Calcutta medical institutions reports 1892-1900
Year: 1892
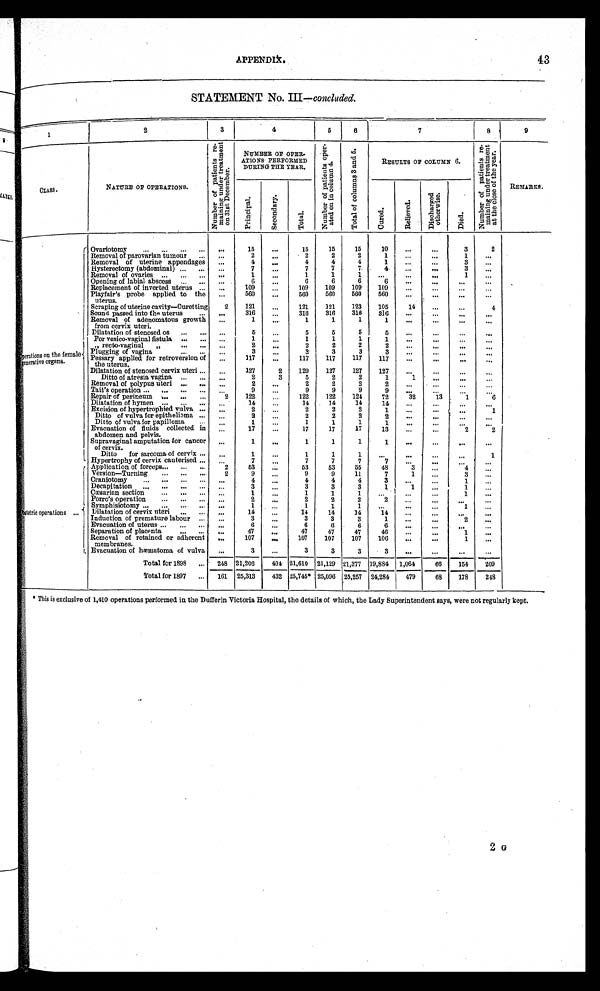
APPENDIX.
43
STATEMENT No. III —concluded.
1
2
3
4
5
6
7
8
9
CLASS.
NATURE OF OPERATIONS.
N u m b e r o f p a t i e n t s r e m a i n i n g u n d e r t r e a t m e n t o n 3 1 s t D e c e m b e r .
NUMBER OR OPER-
ATIONS PERFORMED
DURING THE YEAR.
N u m b e r o f p a t i e n t s o p e r a t e d o n i n c o l u m n 4 .
T o t a l o f c o l u m n s 3 a n d 5 .
RESULTS OF COLUMN 6.
N u m b e r o f p a t i e n t s r e m a i n i n g u n d e r t r e a t m e n t a t t h e c l o s e o f t h e y e a r .
REMARKS.
P r i n c i p a l .
S e c o n d a r y .
T o t a l .
C u r e d .
R e l i e v e d .
D i s c h a r g e d o t h e r w i s e .
D i e d .
O p e r a t i o n s o n t h e f e m a l e g e n e r a t i v e o r g a n s .
Ovariotomy . . .
. . .
1 5
. . .
15
15
15
10
. . .
. . .
3
2
Removal of parovarian tumour . . .
. . .
2
. . .
2
2
2
1
. . .
. . .
1
. . .
Removal of uterine appendages
. . .
4
. . .
4
4
4
1
. . .
. . .
3
. . .
Hysterectomy (abdominal) . . .
. . .
7
. . .
7
7
7
4
. . .
. . .
3
. . .
Removal of ovaries . . .
. . .
1
. . .
1
1
1
. . .
. . .
. . .
1
. . .
Opening of labial abscess . . .
. . .
6
. . .
6
6
6
6
. . .
. . .
. . .
. . .
Replacement of inverted uterus . . .
. . .
109
. . . 109
109
109
109
. . .
. . .
. . .
. . .
Playfair's probe applied to the
uterus.
. . .
560
. . . 560
560
560
560
. . .
. . .
. . .
. . .
Scraping of uterine cavity—Curetting
2
121
. . . 121
121
123
105
14
. . .
. . .
4
Sound passed into the uterus . . .
. . .
316
. . . 316
316
3 1 6
3 1 6
. . .
. . .
. . .
. . .
Removal of adenomatous growth
from cervix uteri.
. . .
1
. . .
1
1
1
1
. . .
. . .
. . .
. . .
Dilatation of stenosed os . . .
. . .
5
. . .
5
5
5
5
. . .
. . .
. . .
. . .
For vesico-vaginal fistula . . .
. . .
1
. . .
1
1
1
1
. . .
. . .
. . .
. . .
recto-vaginal . . .
. . .
2
. . .
2
2
2
2
. . .
. . .
. . .
. . .
Plugging of vagina . . .
. . .
3
. . .
3
3
3
3
. . .
. . .
. . .
. . .
Pessary applied for retroversion of
the uterus.
. . .
117
. . . 117
117
117
117
. . .
. . .
. . .
. . .
Dilatation of stenosed cervix uteri . . .
. . .
127
2
129
127
127
127
. . .
. . .
. . .
. . .
Ditto of atresia vagina . . .
. . .
2
3
5
2
2
1
1
. . .
. . .
. . .
Removal of polypus uteri . . .
. . .
2
. . .
2
2
2
2
. . .
. . .
. . .
. . .
Tait's operation . . .
. . .
9
. . .
9
9
9
9
. . .
. . .
. . .
. . .
Repair of perineum . . .
2
122
. . . 122
122
124
72
32
13
1
6
Dilatation of hymen . . .
. . .
14
. . .
14
14
14
14
. . .
. . .
. . .
. . .
Excision of hypertrophied vulva . . .
. . .
2
. . .
2
2
2
1
. . .
. . .
. . .
1 . . .
Ditto of vulva for epithelioma . . .
. . .
2
. . .
2
2
2
2
. . .
. . .
. . .
. . .
Ditto of vulva for papilloma . . .
. . .
1
. . .
1
1
1
1
. . .
. . .
. . .
. . .
Evacuation of fluids collected in
abdomen and pelvis.
. . .
17
. . .
17
17
17
13
. . .
. . .
2
2
Supravaginal amputation for cancer
of cervix.
. . .
1
. . .
1
1
1
1
. . .
. . .
. . .
. . .
Ditto for sarcoma of cervix . . .
. . .
1
. . .
1
1
1
. . .
. . .
. . .
. . .
1
Hypertrophy of cervix cauterised . . .
. . .
7
. . .
7
7
7
7
. . .
. . .
. . . . . .
Obstetric operations
. . .
Application of forceps . . .
2
53
. . .
53
53
55
48
3
. . .
4
. . .
Version—Turning . . .
2
9
. . .
9
9
11
7 1
. . .
3
. . .
Craniotomy . . .
. . .
4
. . .
4
4
4
3
. . .
. . .
1
. . .
Decapitation . . .
. . .
3
. . .
3
3
3
1
1
. . .
1
. . .
Cæsarian section . . .
. . .
1
. . .
1
1
1
. . .
. . .
. . .
1
. . .
Porro's operation . . .
. . .
2
. . .
2
2
2
2
. . .
. . .
. . .
. . .
Symphisiotomy . . .
. . .
1
. . .
1
1
1
. . .
. . .
. . .
1
. . .
Dilatation of cervix uteri . . .
. . .
14
. . .
14
14
14
14
. . .
. . .
. . .
. . .
I n d u c t i o n o f p r e m a t u r e l a b o u r . . .
. . .
3
. . .
3
3
3
1
. . .
. . .
2
. . .
Evacuation of uterus . . .
. . .
6
. . .
6
6
6
6
. . .
. . .
. . .
. . .
Separation of placenta . . .
. . .
47
. . .
47
47
47
46
. . .
. . .
1
. . .
Removal of retained or adherent
membranes .
. . .
107
. . . 107
107
107
106
. . .
. . .
1
. . .
Evacuation of hæmatoma of vulva
. . .
3
. . .
3
3
3
3
. . .
. . .
. . .
. . .
Total for 1898 . . .
248 21,206
404 21,610
21,129 21,377 19,884
1,064
66
154
209
Total for 1897 . . .
161
25,313
432 25,745* 25,096 25,257 24,284
479
68
178
248
* This is exclusive of 1,410 operations performed in the Dufferin Victoria Hospital, the details of which, the Lady Superintendent says, were not regularly kept.